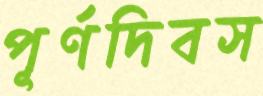
পূর্ণদিবস